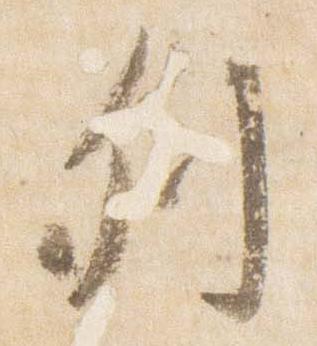
列